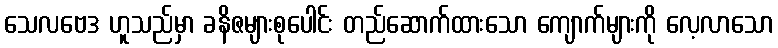
သေလဗေဒ ဟူသည်မှာ ခနိဇများစုပေါင်း တည်ဆောက်ထားသော ကျောက်များကို လေ့လာသော